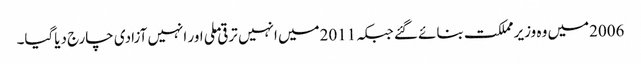
2006میں وہ وزیر مملکت بنائے گئے جبکہ 2011میں انہیں ترقی ملی اور انہیں آزادی چارج دیاگیا۔